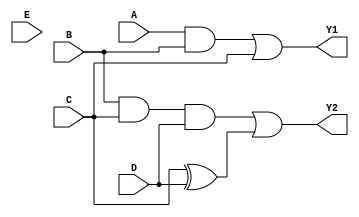
module comb_logic_block (
    input wire A,        // Input signal A
    input wire B,        // Input signal B
    input wire C,        // Input signal C
    input wire D,        // Input signal D
    input wire E,        // Input signal E (optional, for scalability)
    output wire Y1,      // Output signal Y1
    output wire Y2       // Output signal Y2
);

// Group 1: {A, B, C}
// Example Logic Operation: Y1 = A AND B OR C
wire group1_result;
assign group1_result = (A & B) | C;

// Group 2: {B, C, D}
// Example Logic Operation: Y2 = B AND C AND D
wire group2_result;
assign group2_result = B & C & D;

// Group 3: {C, D, E}
// Example Logic Operation: Intermediate result = C XOR D
// This output can be combined further if needed.
wire group3_result;
assign group3_result = C ^ D;

// Final output generation example
assign Y1 = group1_result;                // Direct assignment from Group 1
assign Y2 = group2_result | group3_result; // Combining results from Group 2 and Group 3

endmodule